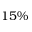
1 5 \%